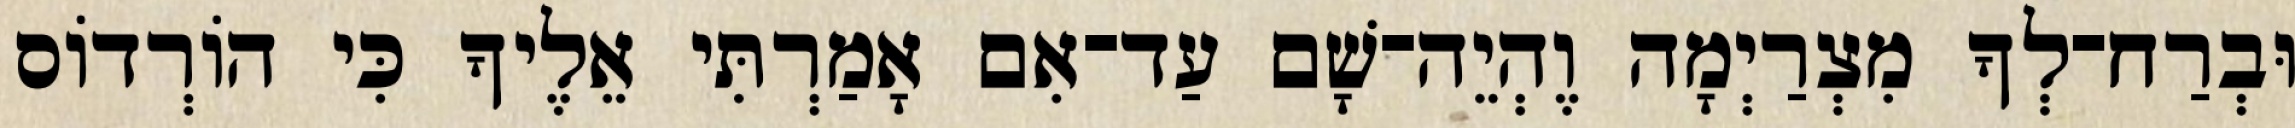
וּבְרַח־לְךָ מִצְרַיְמָה וֶהְיֵה־שָׁם עַד־אִם אָמַרְתִּי אֵלֶיךָ כִּי הוֹרְדוֹס